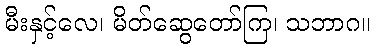
မီးနှင့်လေ၊ မိတ်ဆွေတော်ကြ၊ သဘာဂ။